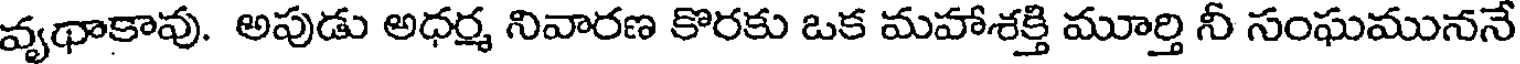
వ్యథాకావు. అపుడు అధర్మ నివారణ కొరకు ఒక మహాశక్తి మూర్తి నీ సంఘముననే